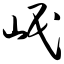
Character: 岷